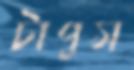
টাপুস